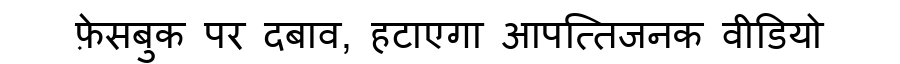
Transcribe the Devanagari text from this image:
फ़ेसबुक पर दबाव, हटाएगा आपत्तिजनक वीडियो